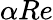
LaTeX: \alpha Re